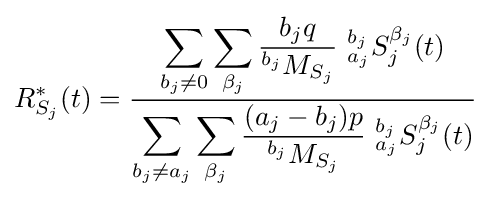
R_{S_{j}}^{*}(t)={\frac {\displaystyle \sum _{b_{j}\neq 0}\sum _{\beta _{j}}{\frac {b_{j}q}{^{b_{j}}M_{S_{j}}}}\ {^{b_{j}}_{a_{j}}}S_{j}^{\beta _{j}}(t)}{\displaystyle \sum _{b_{j}\neq a_{j}}\sum _{\beta _{j}}{\frac {(a_{j}-b_{j})p}{^{b_{j}}M_{S_{j}}}}\ {^{b_{j}}_{a_{j}}}S_{j}^{\beta _{j}}(t)}}